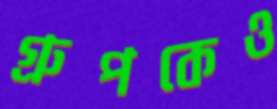
গ্রুপকেও